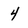
Character: 4